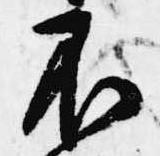
不